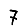
Digit: 7